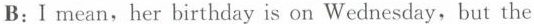
B：I mean,her birthday is on Wednesday,but the